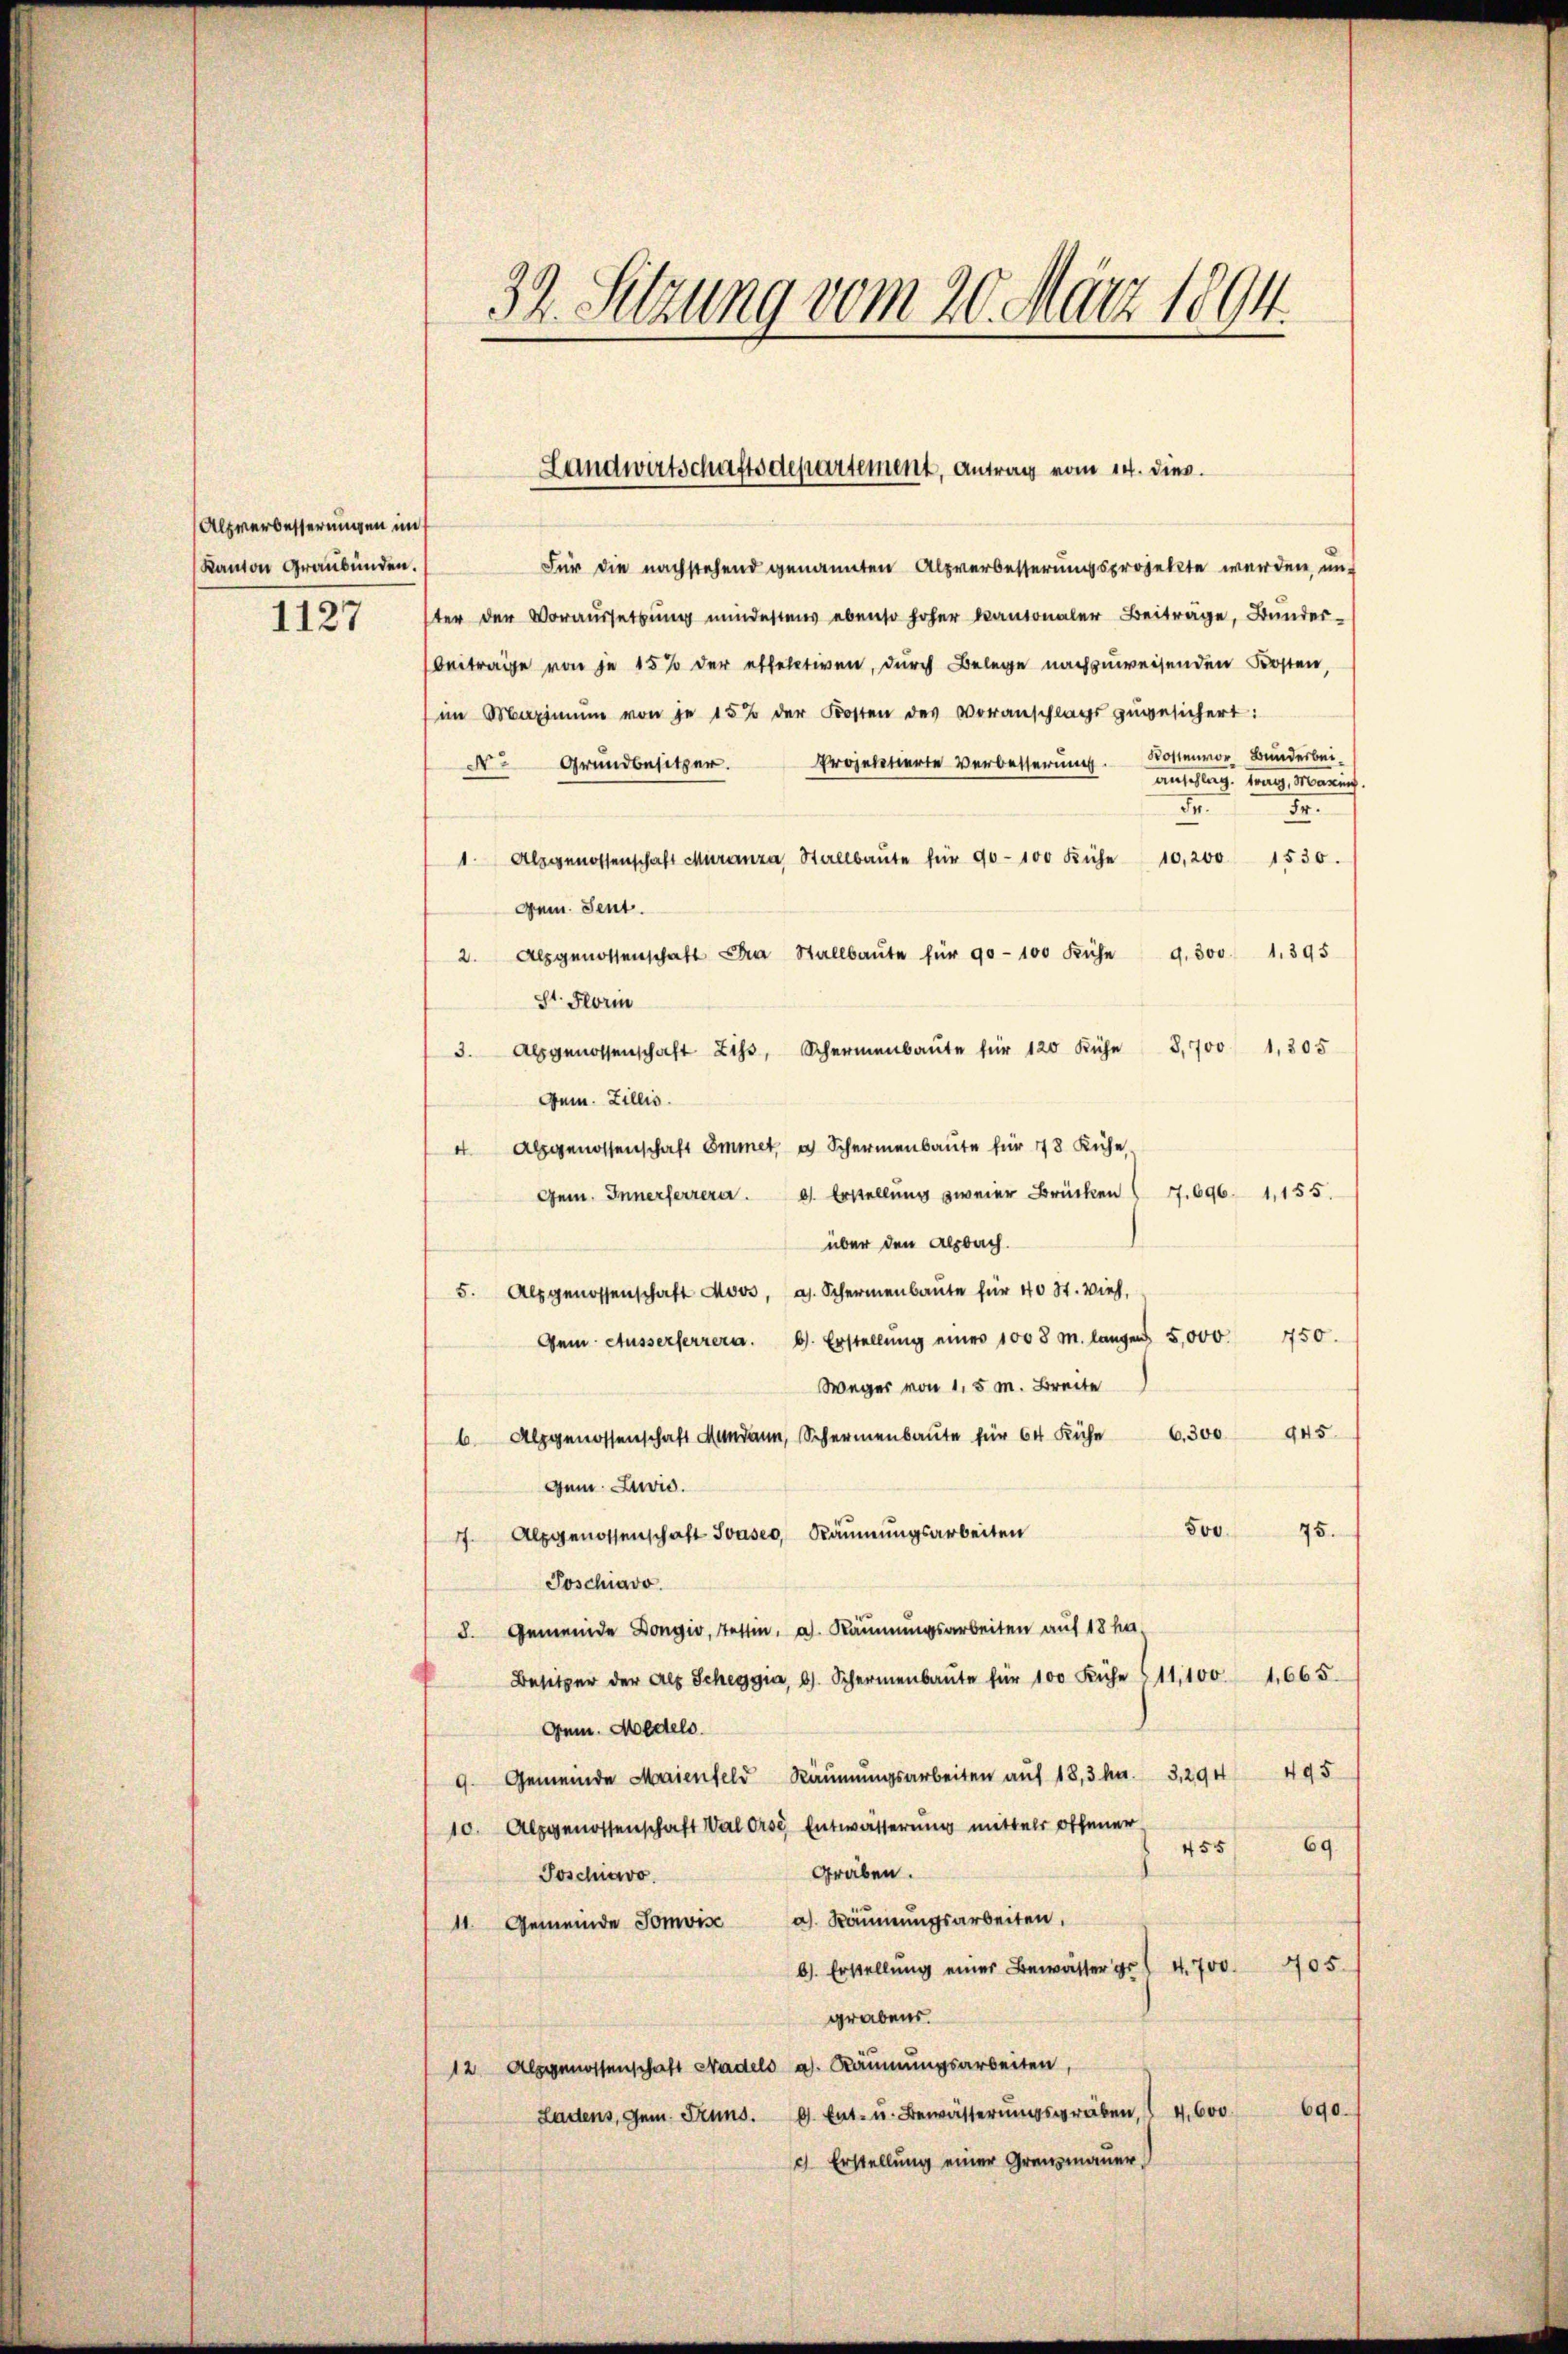
Alpverbesserungen in
Kanton Graubünden.
1127

32. Setzung vom 20. März 1894.

Landwirtschaftsdepartement, Antrag vom 14. dies

Für die nachstehend genannten Alpverbesserungsprojekte werden, un
ter der Voraussetzŭng mindestens ebenso hoher kantonaler Beiträge, Bunderbeitrage von je 15% der etlelativen, durch Belege nachzuweisenden Kosten,
im Maximum von je 15% der Kosten des Voranschlags zugesichert:
Kostenvor Bunderbei¬
No Grundbesitzer. Projektierte Verbesserung.
anschlag. Franz, Marin.
.
.
1. Alsgenossenschaft Muranza Stallbaŭte für 90-100 Kühe 10,200 1530.
gem. Sent
2. Als genossenschaft den Stallbaŭte für 90-100 Kühe 9.300 1.395
St. Flori
3. abgenossenschaft Liss, Schermenbaŭte für 120 Kühe 3,700 1,305
Gem. Zillis.
4 Alpgenossenschaft Emmer, a. Schermenbaute für 48 Kühe
Gem. Innerferrera. 81. Erstellung zweier Brücken 7. 696. 1,155.
über den alsbach.
5. Als genossenschaft Moos, a. Schermenbaute für 40 St. Vieh,
Gem. Ausserherrera. b. Erstellŭng einer 1008 M. langen 5,000. 450.
Weges von 1,5 M. Breite
945.
6 Alpgenossenschaft Mundann, Schermenbaŭte für 64 Kühe 6300
Gem. Luvis.
500.
75.
77 Alpgenossenschaft Souses, Räumungsarbeiten
Poschiavo
8. Gemeinde Dongio, tettin, a. Räumungsarbeiten auf 18 ha-
Besitzer der Als Scheggia, b. Schermenbaŭte für 100 Kühe 611,100. 1665.
Gem. Medels.
9. Gemeinde Maienfeld Räumungsarbeiten auf 18,3 kn. 3, 294 495
10. Alpgenossenschaft Val Orse Entwässerung mittels offener
69.
455
Graben.
Joschiavo
11. Gemeinde Somvis a. Käŭnŭngsarbeiten.
b. Erstellŭng einer Bewälter gr 4. 700. 405.
grabens.
12 Alpgenossenschaft Nadels a. Räumungsarbeiten,
690.
Ladens, Gem. Grund. d. Ent- u. Bewässerungsgräben I 4600.
9. Erstellung einer Grausmauer.